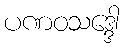
ပဏဝသဒ္ဒေါ